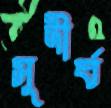
সুদীর্ঘ